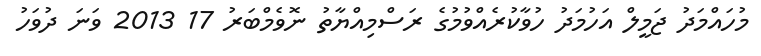
މުހައްމަދު ޖަމީލް އަހުމަދު ހުވާކުރެއްވުމުގެ ރަސްމިއްޔާތު ނޮވެމްބަރު 17 2013 ވަނަ ދުވަހު